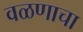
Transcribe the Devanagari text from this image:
वळणाचा